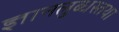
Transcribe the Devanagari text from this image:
ज्ञानलुब्धस्तथा